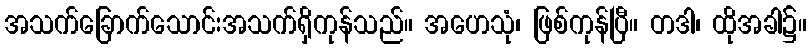
အသက်ခြောက်သောင်းအသက်ရှိကုန်သည်။ အဟေသုံ၊ ဖြစ်ကုန်ပြီ။ တဒါ၊ ထိုအခါ၌။